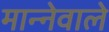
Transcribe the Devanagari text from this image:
मान्नेवाले